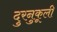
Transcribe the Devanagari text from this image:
दुरनुकूली